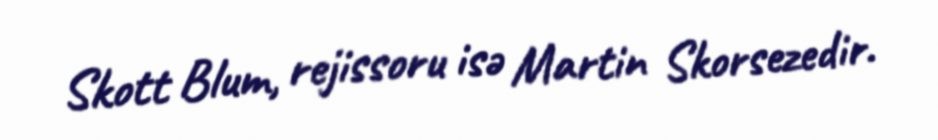
Skott Blum, rejissoru isə Martin Skorsezedir.